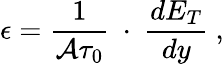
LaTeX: \epsilon={\frac{1}{{\cal A}\tau_{0}}}\ \cdot\ {\frac{dE_{T}}{dy}}\ ,